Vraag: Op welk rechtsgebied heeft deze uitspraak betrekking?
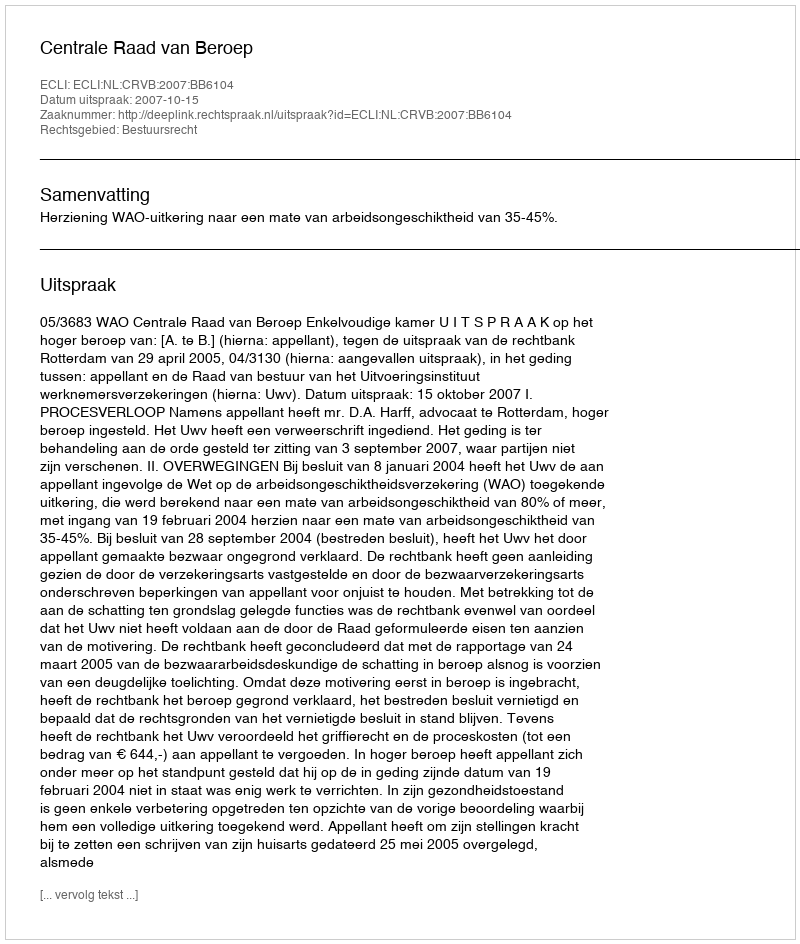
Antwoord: Bestuursrecht